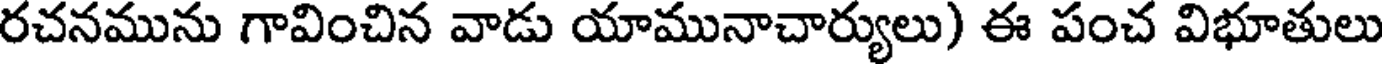
రచనమును గావించిన వాడు యామునాచార్యులు) ఈ పంచ విభూతులు